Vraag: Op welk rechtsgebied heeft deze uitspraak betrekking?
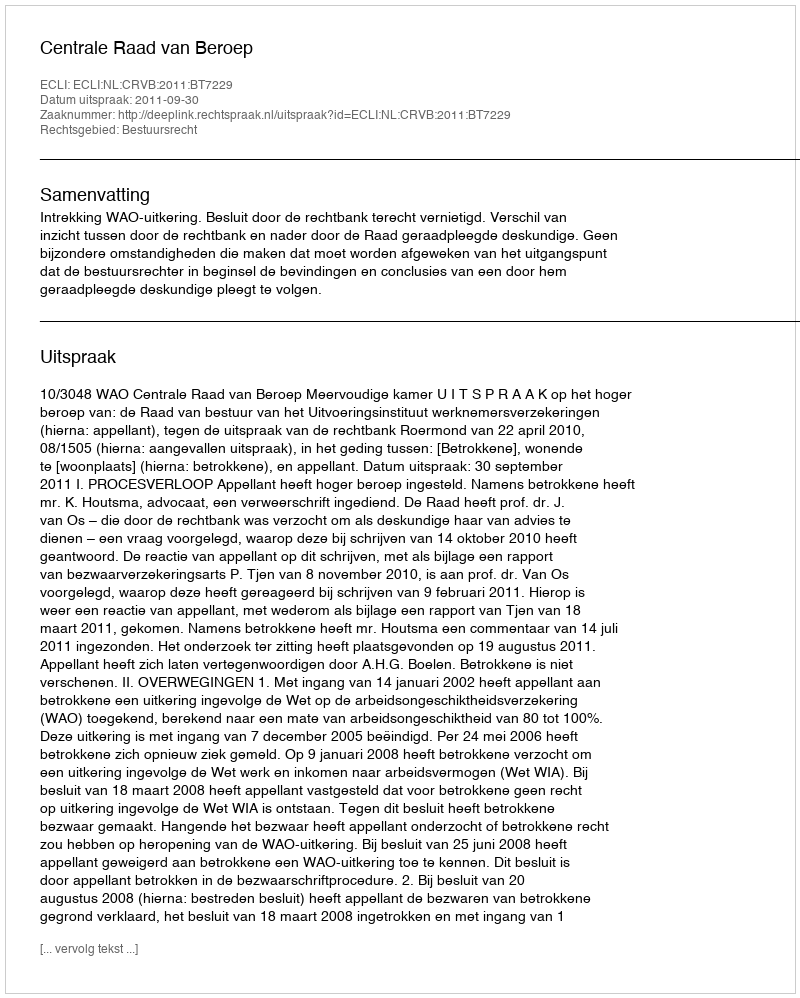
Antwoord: Bestuursrecht